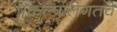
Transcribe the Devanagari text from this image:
प्रकल्पालगतचे